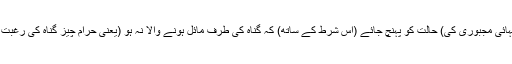
پھر اگر کوئی شخص بھوک (اور پیاس) کی شدت میں اضطراری (یعنی انتہائی مجبوری کی) حالت کو پہنچ جائے (اس شرط کے ساتھ) کہ گناہ کی طرف مائل ہونے والا نہ ہو (یعنی حرام چیز گناہ کی رغبت کے باعث نہ کھائے) تو بے شک اﷲ بہت بخشنے والا نہایت مہربان ہے۔